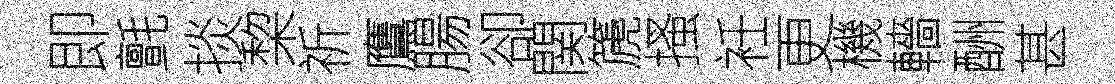
即氈掞棃祈鷹腸卻関篪搔衽更機轖酬甚